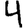
Digit: 4